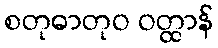
စတုဓာတုဝ ဝတ္ထာန်